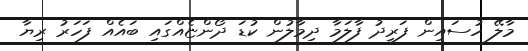
މާލޭ ހުސައިން ފަރީދު ފާލަމާ ދިމާލުން ކުޑަ ދޯންޏެއްގައި ބައެއް ފަހަރު ރިޔާ